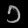
Digit: ၁